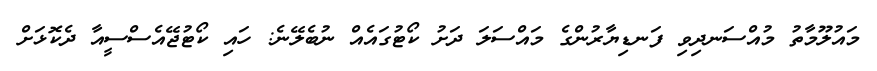
މައުލޫމާތު މުއްސަނދިވި ފަނޑިޔާރުންގެ މައްސަލަ ދަށު ކޯޓުގައެއް ނުބެލޭނެ: ހައި ކޯޓުޖޭއެސްސީއާ ދެކޮޅަށް